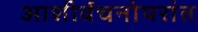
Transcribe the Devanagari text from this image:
आशीर्वचनोपरांत